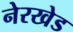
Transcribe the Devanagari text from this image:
नेरखेड